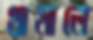
থামালে